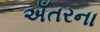
અઁતરના